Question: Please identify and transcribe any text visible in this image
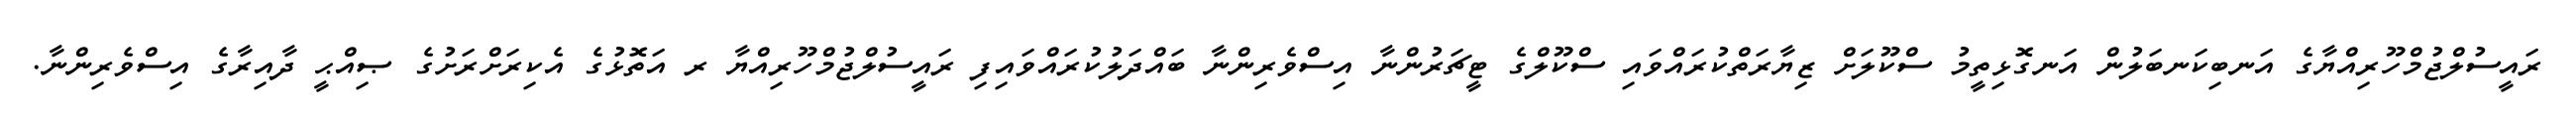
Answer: ރައީސުލްޖުމްހޫރިއްޔާގެ އަނބިކަނބަލުން އަނގޮޅިތީމު ސްކޫލަށް ޒިޔާރަތްކުރައްވައި ސްކޫލްގެ ޓީޗަރުންނާ އިސްވެރިންނާ ބައްދަލުކުރައްވައިފި ރައީސުލްޖުމްހޫރިއްޔާ ރ އަތޮޅުގެ އެކިރަށްރަށުގެ ޞިއްޙީ ދާއިރާގެ އިސްވެރިންނާ.